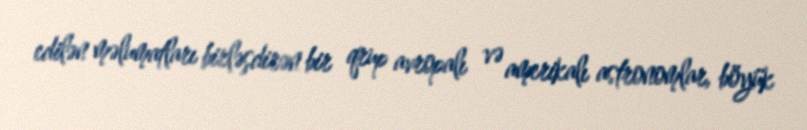
edilən məlumatları birləşdirən bir qrup avropalı və amerikalı astronomlar, böyük